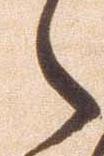
々